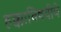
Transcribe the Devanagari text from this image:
हक्काविषयीचे